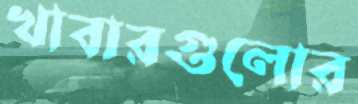
খাবারগুলোর